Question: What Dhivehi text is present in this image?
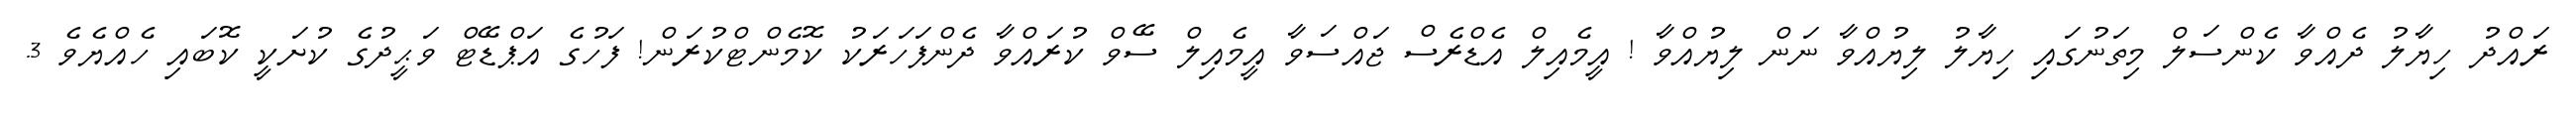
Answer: ރައްދު ހިޔާލު ދެއްވާ ކެންސަލް މިތަނުގައި ހިޔާލު ލިޔުއްވާ ނަން ލިޔުއްވާ ! އީމެއިލް އެޑްރެސް ޖައްސަވާ އީމެއިލް ސޭވް ކުރައްވާ ދެންފަހަރަކު ކޮމެންޓްކުރަން! ފަހުގެ އަޕްޑޭޓް ވަޙީދުގެ ކުށަކީ ކޮބައި ހެއްޔެވެ 3.